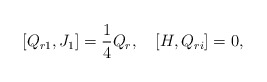
\begin{align*}\lbrack{Q_{r1},J_{1}}\rbrack=\frac{1}{4}Q_{r},\quad\lbrack{H,Q_{ri}}\rbrack=0,\end{align*}